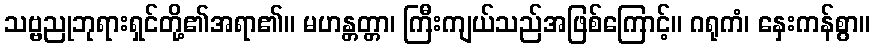
သဗ္ဗညုဘုရားရှင်တို့၏အရာ၏။ မဟန္တတ္တာ၊ ကြီးကျယ်သည်အဖြစ်ကြောင့်။ ဂရုကံ၊ နှေးကန်စွာ။